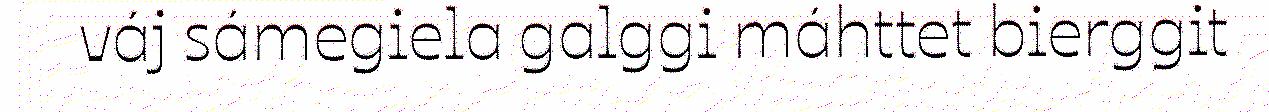
váj sámegiela galggi máhttet bierggit